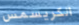
الكريسمس